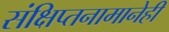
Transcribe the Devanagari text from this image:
संक्षिप्तनामानेही